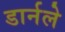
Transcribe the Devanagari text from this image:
डार्नले